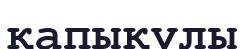
қапықұлы